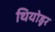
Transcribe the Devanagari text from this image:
थियोडूर